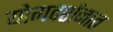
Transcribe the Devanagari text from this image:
योगदर्शनात